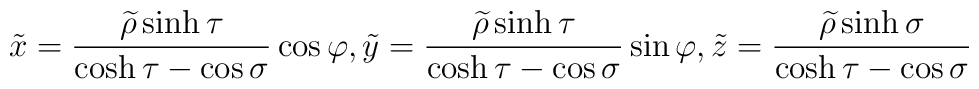
\tilde{x}=\frac{\widetilde{\rho }\sinh \tau }{\cosh \tau -\cos \sigma }\cos\varphi ,\tilde{y}=\frac{\widetilde{\rho }\sinh \tau }{\cosh \tau -\cos\sigma }\sin \varphi ,\tilde{z}=\frac{\widetilde{\rho }\sinh \sigma }{\cosh\tau -\cos \sigma }